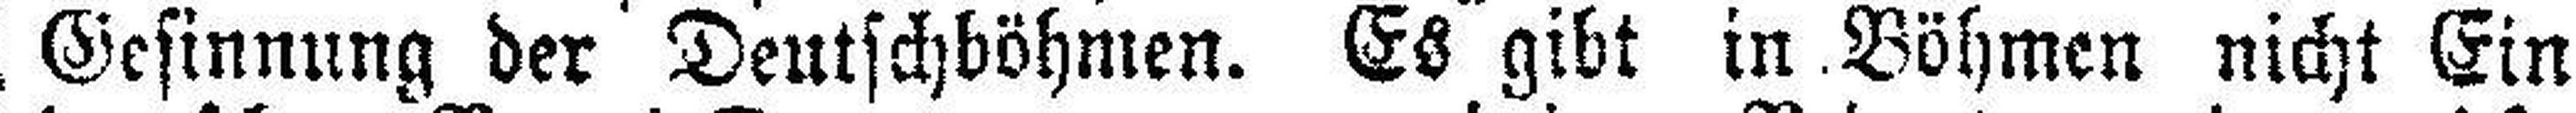
Gesinnung der Deutschböhmen. Es gibt in Böhmen nicht Ein